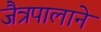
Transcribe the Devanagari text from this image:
जैत्रपालाने